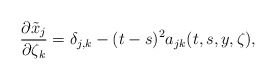
\begin{align*}\frac{\partial \tilde{x}_j}{\partial \zeta_k}=\delta_{j,k}-(t-s)^2a_{jk}(t,s,y,\zeta),\end{align*}